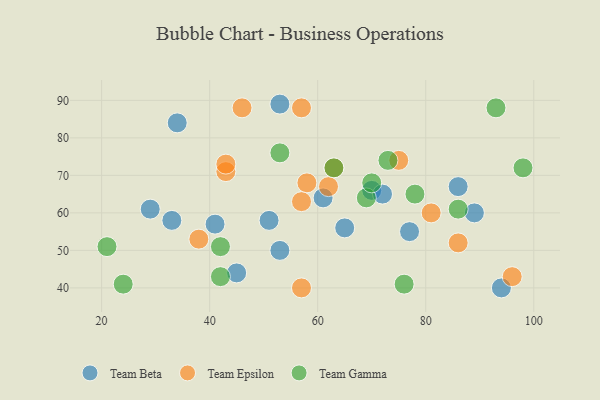
{"axis": {"x": "GDP", "y": "Life Expectancy"}, "legend": ["Team Beta", "Team Epsilon", "Team Gamma"], "data": [{"x": "29", "y": 61, "type": "Team Beta"}, {"x": "61", "y": 64, "type": "Team Beta"}, {"x": "77", "y": 55, "type": "Team Beta"}, {"x": "41", "y": 57, "type": "Team Beta"}, {"x": "70", "y": 66, "type": "Team Beta"}, {"x": "33", "y": 58, "type": "Team Beta"}, {"x": "86", "y": 67, "type": "Team Beta"}, {"x": "34", "y": 84, "type": "Team Beta"}, {"x": "45", "y": 44, "type": "Team Beta"}, {"x": "94", "y": 40, "type": "Team Beta"}, {"x": "53", "y": 50, "type": "Team Beta"}, {"x": "65", "y": 56, "type": "Team Beta"}, {"x": "89", "y": 60, "type": "Team Beta"}, {"x": "72", "y": 65, "type": "Team Beta"}, {"x": "51", "y": 58, "type": "Team Beta"}, {"x": "53", "y": 89, "type": "Team Beta"}, {"x": "63", "y": 72, "type": "Team Epsilon"}, {"x": "57", "y": 40, "type": "Team Epsilon"}, {"x": "81", "y": 60, "type": "Team Epsilon"}, {"x": "43", "y": 71, "type": "Team Epsilon"}, {"x": "75", "y": 74, "type": "Team Epsilon"}, {"x": "96", "y": 43, "type": "Team Epsilon"}, {"x": "58", "y": 68, "type": "Team Epsilon"}, {"x": "86", "y": 52, "type": "Team Epsilon"}, {"x": "57", "y": 63, "type": "Team Epsilon"}, {"x": "62", "y": 67, "type": "Team Epsilon"}, {"x": "57", "y": 88, "type": "Team Epsilon"}, {"x": "46", "y": 88, "type": "Team Epsilon"}, {"x": "43", "y": 73, "type": "Team Epsilon"}, {"x": "38", "y": 53, "type": "Team Epsilon"}, {"x": "76", "y": 41, "type": "Team Gamma"}, {"x": "73", "y": 74, "type": "Team Gamma"}, {"x": "78", "y": 65, "type": "Team Gamma"}, {"x": "98", "y": 72, "type": "Team Gamma"}, {"x": "63", "y": 72, "type": "Team Gamma"}, {"x": "21", "y": 51, "type": "Team Gamma"}, {"x": "24", "y": 41, "type": "Team Gamma"}, {"x": "69", "y": 64, "type": "Team Gamma"}, {"x": "93", "y": 88, "type": "Team Gamma"}, {"x": "53", "y": 76, "type": "Team Gamma"}, {"x": "86", "y": 61, "type": "Team Gamma"}, {"x": "70", "y": 68, "type": "Team Gamma"}, {"x": "42", "y": 51, "type": "Team Gamma"}, {"x": "42", "y": 43, "type": "Team Gamma"}]}